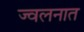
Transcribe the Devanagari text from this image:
ज्वलनात